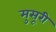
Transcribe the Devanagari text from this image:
मुसूरी